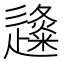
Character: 𨗬